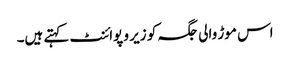
اس موڑ والی جگہ کو زیر و پوائنٹ کہتے ہیں۔